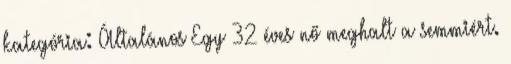
kategória: Általános Egy 32 éves nő meghalt a semmiért.